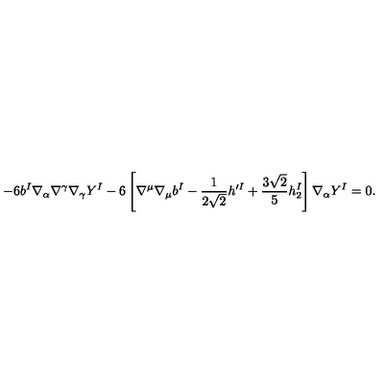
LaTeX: - 6 b ^ { I } \nabla _ { \alpha } \nabla ^ { \gamma } \nabla _ { \gamma } Y ^ { I } - 6 \left[ \nabla ^ { \mu } \nabla _ { \mu } b ^ { I } - \frac { 1 } { 2 \sqrt { 2 } } h ^ { \prime I } + \frac { 3 \sqrt { 2 } } { 5 } h _ { 2 } ^ { I } \right] \nabla _ { \alpha } Y ^ { I } = 0 .